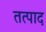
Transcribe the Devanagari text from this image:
तत्पाद